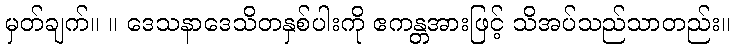
မှတ်ချက်။ ။ ဒေသနာဒေသိတနှစ်ပါးကို ဧကန္တအားဖြင့် သိအပ်သည်သာတည်း။